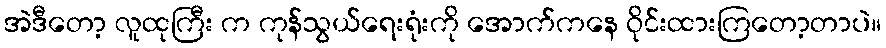
အဲဒီတော့ လူထုကြီး က ကုန်သွယ်ရေးရုံးကို အောက်ကနေ ဝိုင်းထားကြတော့တာပဲ။